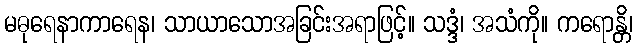
မဓုရေနာကာရေန၊ သာယာသောအခြင်းအရာဖြင့်။ သဒ္ဒံ၊ အသံကို။ ကရောန္တိ၊